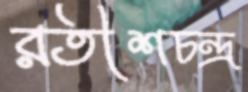
রতীশচন্দ্র